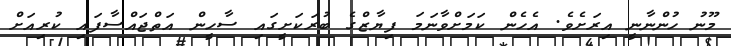
މޫނު ހުންނާނީ އިރަށެވެ. އެހެން ކަމަށްވާނަމަ ފިޔާޒްގެ ބުރަކަށީގައި ސާހީން އަތްޖައްސާފައި ކުރިއަށް